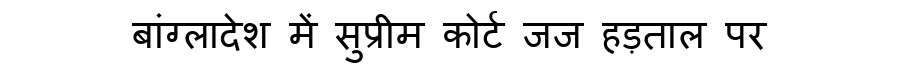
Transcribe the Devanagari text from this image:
बांग्लादेश में सुप्रीम कोर्ट जज हड़ताल पर